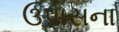
ઉપાસના